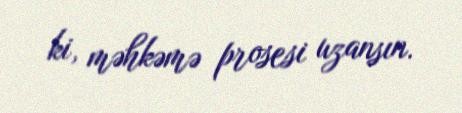
ki, məhkəmə prosesi uzansın.